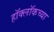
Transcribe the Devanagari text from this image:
हॉक्लॉकच्या